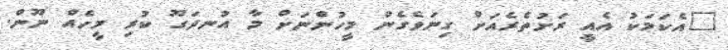
"އެކަމަކު އެއީ ރަށުތެރެއަށް ގިނަވެގެން މީހުންނަށް މާ އުނދަގޫ ކުރި މީހެއް ނޫން.